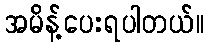
အမိန့်ပေးရပါတယ်။